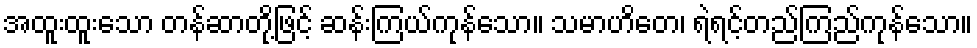
အထူးထူးသော တန်ဆာတို့ဖြင့် ဆန်းကြယ်ကုန်သော။ သမာဟိတေ၊ ရဲရင့်တည်ကြည်ကုန်သော။